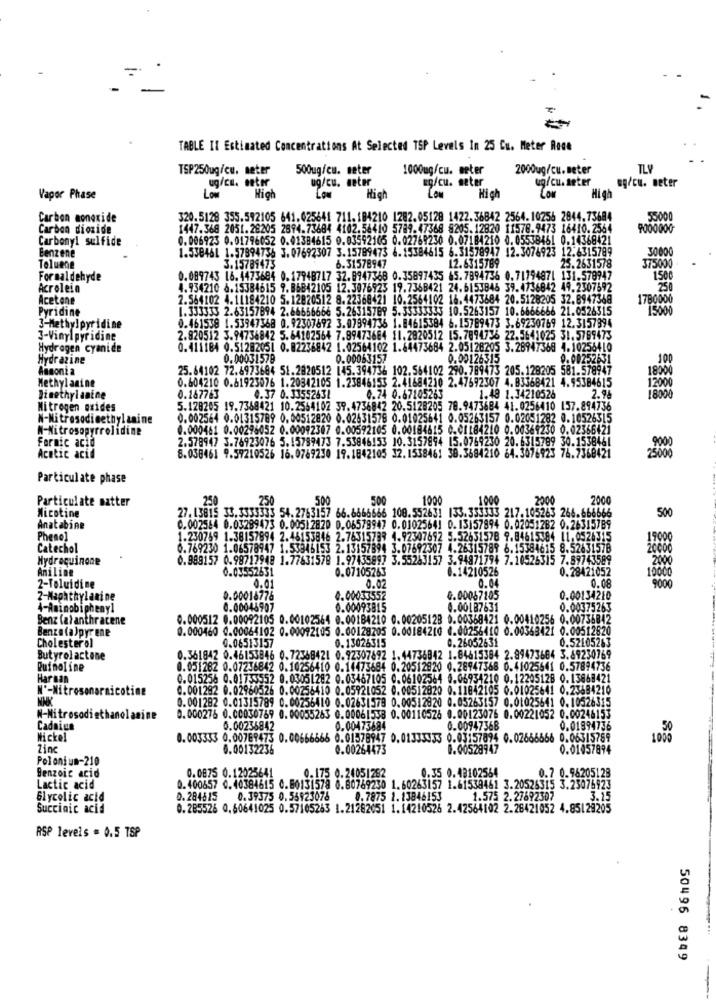
TABLE IS Estimated Concentrations At Selected TSP Levels In 25 Cu. Meter Roce
TSP250ug/ce. meter
500ug/cm. meter
1000mg/cu. meter
2000ug/cu.meter
TLV
ug/cu. meter
eg/cu. seter
ug/cu. seter
High
eg/cu. meter
Vapor Phase
Hig
Low
Low
High
Carbon monoxide
320.5128 355.592105 641.025641 711. 184210 1282.05128 1422.36842 2564.10256 2844.73684
55000
Carbon dioxide
1447.368 2051.28205 2894.73684 4102.56410 5789.47368 8205.12820 11578.9473 16410.2564
9000000
Carbonyl sulfide
0.006923 0.01796052 0.01384615 0.03592105 0.02769230 0.07184210 0.05538461 0.14368421
Benzene
1.538461 1.57894756 3. 07692307 3.15789473 6.15384615 6.31578947 12.3076923 12.6315789
30000
Toluene
3.15789473
6.31578947
12.6315769
25.2631578
375000
Formaldehyde
0.089743 16. 4473684 0.17948717 32.8947368 0.35897435 65.7894736 0.71794971 131.579947
1500
Acrolein
4.934210 8.15384615 9. 86842105 12.3076923 19.7368421 24.6153846 39.4736842 49.2307592
250
Acetone
2.564102 4.11184210 5.12820512 8.22368421 10.2564102 16.4473684 20.5128205 32.8947368
1780000
Pyridine
1.333333 2.63157894 2.66656666 5.26315789 5.33333333 10.5263157 10.6666666 21.0526315
15000
0.461538 1.53947368 0.92307692 3.07894736 1.84615384 6.15789473 3.69230769 12.3157394
3-Methylpyridine
3-Vinylpyridine
2.820512 3.94736842 5.64102564 7.89473684 11.2820512 15.7894736 22.5641025 31.5769473
Hydrogen cyanide
0.411184 0.51282051 0.82236842 1.02564102 1.64473684 2.05128205 3.28947360 4.10256410
Hydrazine
0.00031579
0.00063157
0.00126315
0.00252631
100
Ammonia
25. 64102 72.8973684 51.2820512 145.394736 102.564102 290.789473 205.128205 581.578947
18000
0.604210 0.61923076 1.20342105 1.23846153 2.41684210 2.47692307 4.83368421 4.95384615
12000
Methylamine
Jinethylamine
0.167763
0.37 0.33552631
0.74 0.67105263
1.48 1.34210526
2.94
18000
Nitrogen oxides
5.128205 19.7368421 10.2564102 39.4736842 20.5128205 78.9473684 41.0256410 137.894736
N-Nitrosodimethylamine
0.002544 0.01315789 0.00512820 0.02631578 0.01025641 0.05263157 0.02051282 0.10526315
N-Nitrosopyrrolidine
0.000461 0.00295052 0.00092307 0.00592105 0.00184615 0.01184210 0.00369230 0.02366421
Fornic acid
2.578947 3.76923076 5.15789473 7.53846!53 10.3157894 15.0769230 20.6315789 30.1538461
9000
25000
Acetic acid
8.038461 9.59210526 16.0769230 19.1842105 32.1538461 38.3684210 64.3076923 74.7368421
Particulate phase
Particulate matter
250
250
500
500
1000
1000
2000
2000
Nicotine
27. 13815 33.3333333 54.2763157 66.6666666 108.552631 133.333333 217.105263 264.666666
500
Anatabine
0.002544 0.03289473 0.00512820 0.06579947 0.01025641 0.13157894 0.02051282 0.26315789
Pheno]
1.230769 1.38157894 2.46153846 2.76315739 4.92307692 5.52631578 9.84615384 11.0526315
19000
Catechol
0.769230 1.06578947 1.53945153 2.13157894 3.07692307 4.26315789 6.15384615 8.52631578
20006
Hydroquinone
0.989157 0.98717948 1.77631578 1.97435897 3.55263157 3.94871794 7.10526315 7.89743589
2000
Aniline
0.03552631
0.07105263
0.14210526
0.28421052
10000
0.08
2-Toluidine
0.01
0.02
0.04
9000
2-Maphthylamine
0.00016776
0.00033552
G.00067105
0.00134210
4-Aminobiphenyl
0.00046907
0.00093815
0.00187631
0.00375263
Benz (a) anthracene
0.000512 0.00092105 0.00102564 0.00184210 0.00205128 0.00368421 0.00410256 0.00736842
Benzala)pyrene
0.000460 0.00064102 0.00092105 0.00128205 0.00184210 0.00256410 0.00363421 0.00512820
Cholesterol
0.06513157
0.13026315
0.26052631
0.52105263
Butyrolactone
0.361842 0.46153846 0.72368421 0.92307892 1.44736842 1.84615384 2.89473684 3.69230769
Quinoline
0.051282 0.07236842 0.10256410 0.14473684 0.20512820 0.28947368 0.41025641 0.57894736
Harsan
0.015256 0.01733552 0.03051282 0.03467105 0.06102564 0.06931210 0.12205128 0.13668421
N'-Nitrosonarnicotine
0.001282 0.02960526 0.00256410 0.05921052 0.00512820 0.11842105 0.01025641 0.23684210
0.001282 0.01315789 0.00256410 0.02631579 0.00512820 0.05263157 0.01025641 0.10526315
N-Nitrosodiethanolamine
0.000276 0.00030769 0.00055263 0.00061538 0.00110526 0.00123076 0.00221052 0.00246153
Cadaine
0.00236842
0.00473684
0.00947368
0.01994736
Nickel
0.003333 0.00769473 0.00666666 0.01578947 0.01333333 0.03157894 0.02666666 0.06315789
Zinc
6.00132236
0.00264473
0.00528947
0.01457894
Polonium-210
Benzoic acid
0.175 0.24051282
0.35 0.48102564
0.7 0.96205128
0.0875 0.12025641
Lactic acid
0.400657 0.40384615 0.80131578 0.80769230 1.60263157 1.61538461 3.20526315 3.23075923
Glycolic acid
0.284615 0.39375 0.55923076
0.7875 1. 13846153
1.575 2.27692307
3.15
Succinic acid
0.285526 0,60641025 0.57105263 1.21282051 1.14210526 2.42564102 2.26421052 4.85129205
RSP levels = 0.5 TSP
50496 8349